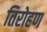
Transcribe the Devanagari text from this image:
तिरोहण